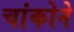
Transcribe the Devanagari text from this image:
चांकोने